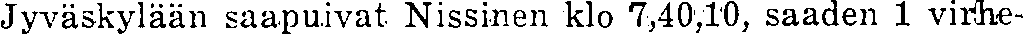
Jyväskylään saapuivat Nissinen klo 7,40,10, saaden 1 virhe-